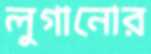
লুগানোর